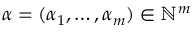
\alpha = ( \alpha _ { 1 } , \ldots , \alpha _ { m } ) \in \ensuremath { \mathbb { N } } ^ { m }